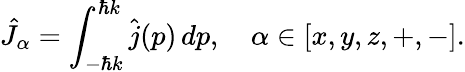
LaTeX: \hat{J}_{\alpha}=\int_{-\hbar k}^{\hbar k}\hat{j}(p)\, dp,\quad\alpha\in[x,y,z,+,-].